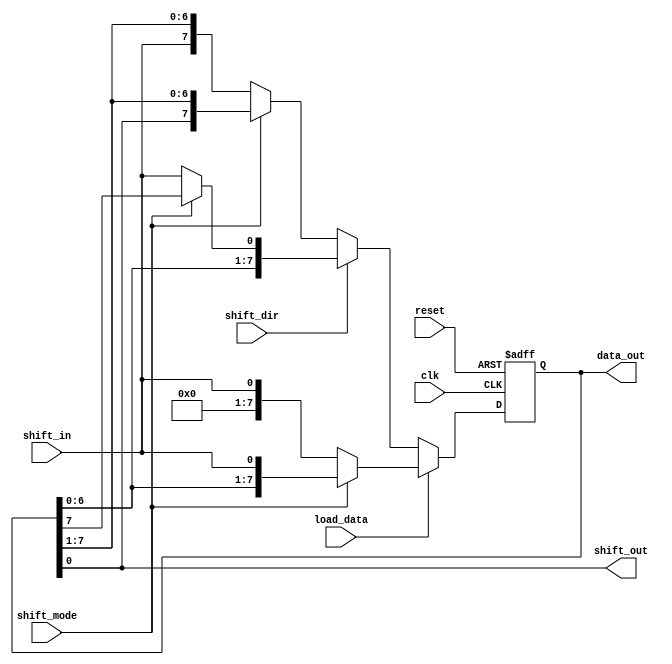
module universal_shift_register (
    input wire clk,
    input wire reset,
    input wire shift_dir,  // 0 for right shift, 1 for left shift
    input wire shift_mode, // 0 for parallel shift, 1 for serial shift
    input wire load_data,
    input wire shift_in,
    output wire shift_out,
    output reg [7:0] data_out
);

reg [7:0] data_reg;

always @(posedge clk or posedge reset) begin
    if (reset) begin
        data_reg <= 8'b0;
    end else begin
        if (load_data) begin
            data_reg <= shift_mode ? {data_reg[6:0], shift_in} : shift_in;
        end else begin
            if (shift_dir) begin
                data_reg <= shift_mode ? {data_reg[6:0], data_reg[7]} : {data_reg[6:0], shift_in};
            end else begin
                data_reg <= shift_mode ? {data_reg[0], data_reg[7:1]} : {shift_in, data_reg[7:1]};
            end
        end
    end
end

assign shift_out = data_reg[0];
assign data_out = data_reg;

endmodule